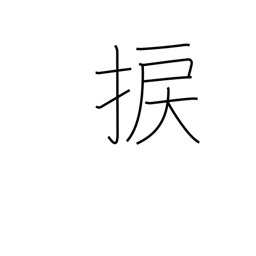
Meaning: wrench